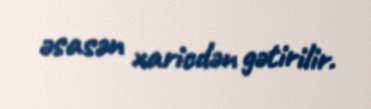
əsasən xaricdən gətirilir.